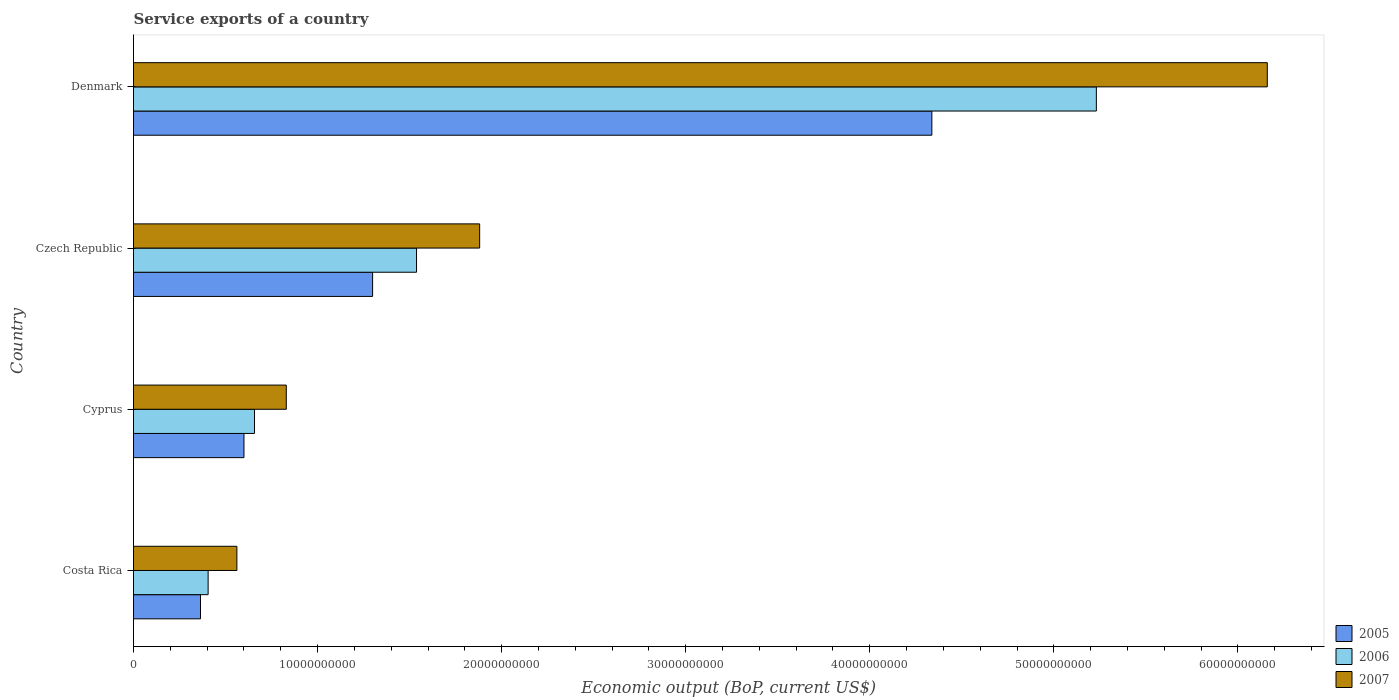
| Country | 2005 | 2006 | 2007 |
 | --- | --- | --- | --- |
 | Costa Rica | 3.64e+09 | 4.05e+09 | 5.62e+09 |
 | Cyprus | 6e+09 | 6.57e+09 | 8.3e+09 |
 | Czech Republic | 1.3e+10 | 1.54e+10 | 1.88e+10 |
 | Denmark | 4.34e+10 | 5.23e+10 | 6.16e+10 |